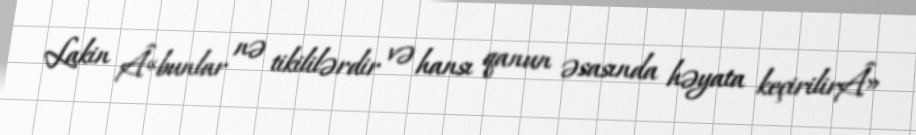
Lakin Â«bunlar nə tikililərdir və hansı qanun əsasında həyata keçirilirÂ»